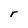
Character: r